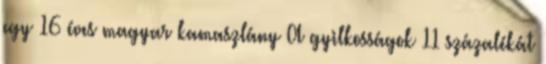
egy 16 éves magyar kamaszlány A gyilkosságok 11 százalékát